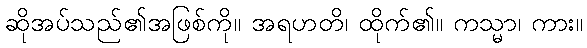
ဆိုအပ်သည်၏အဖြစ်ကို။ အရဟတိ၊ ထိုက်၏။ ကသ္မာ၊ ကား။